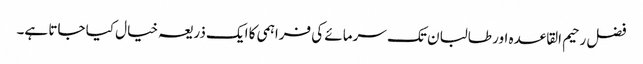
فضل رحیم القاعدہ اور طالبان تک سرمائے کی فراہمی کا ایک ذریعہ خیال کیا جاتا ہے۔